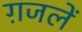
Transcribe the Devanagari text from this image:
ग़जलें